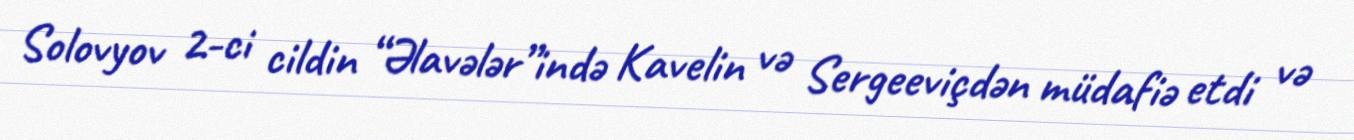
Solovyov 2-ci cildin “Əlavələr”ində Kavelin və Sergeeviçdən müdafiə etdi və